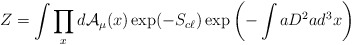
\begin{align*}Z = \int \prod_x d {\cal A}_\mu (x) \exp (- S_{c\ell}) \exp \left(-\int aD^2a d^3x\right)\end{align*}